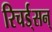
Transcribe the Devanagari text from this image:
रिचर्ड्‌सन्‌